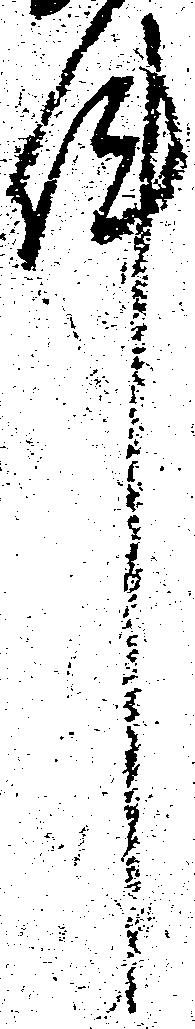
件